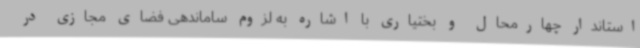
استاندار چهارمحال و بختیاری با اشاره به لزوم ساماندهی فضای مجازی در